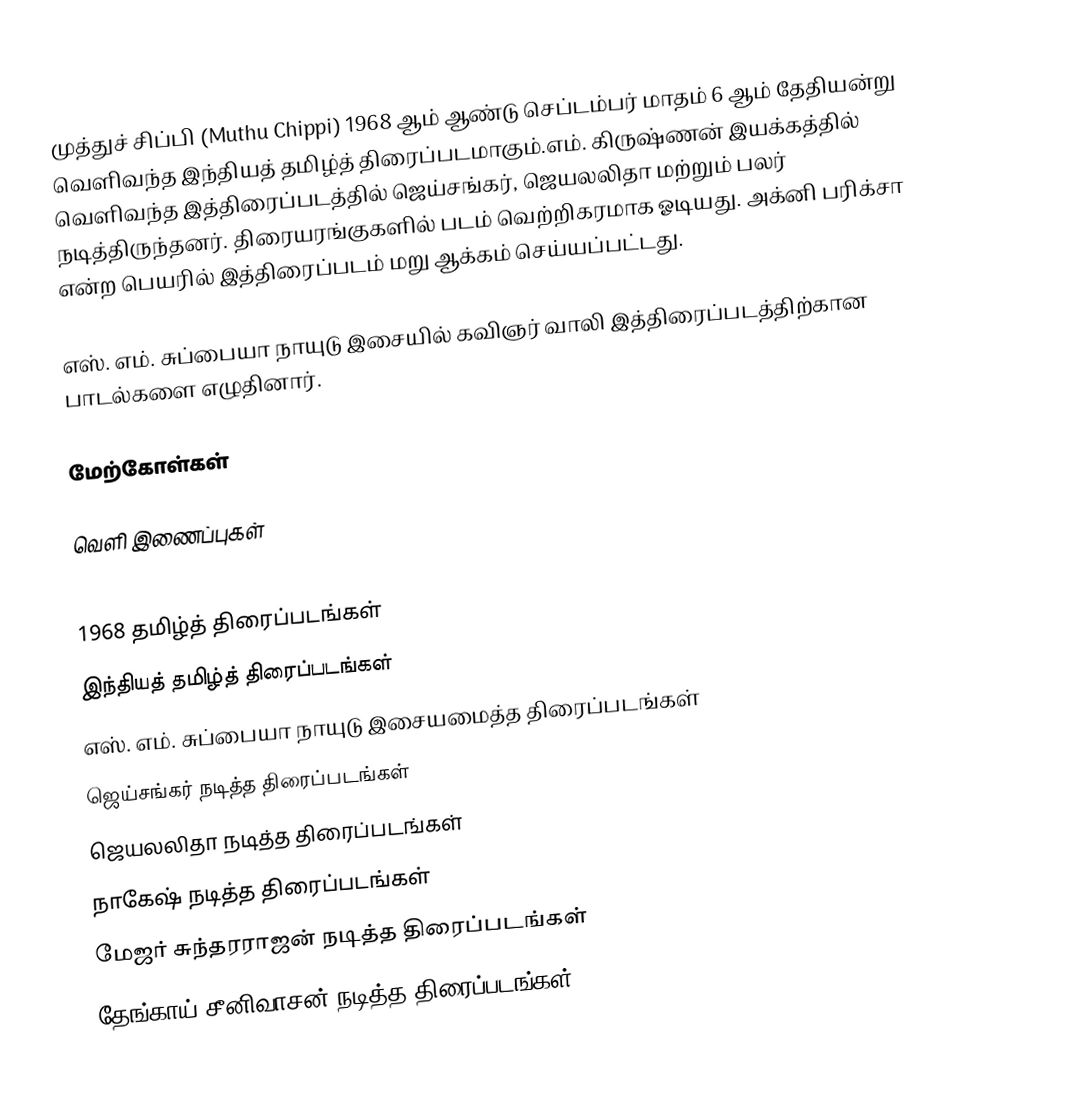
முத்துச் சிப்பி (Muthu Chippi) 1968 ஆம் ஆண்டு செப்டம்பர் மாதம் 6 ஆம் தேதியன்று வெளிவந்த இந்தியத் தமிழ்த் திரைப்படமாகும்.எம். கிருஷ்ணன் இயக்கத்தில் வெளிவந்த இத்திரைப்படத்தில் ஜெய்சங்கர், ஜெயலலிதா மற்றும் பலர் நடித்திருந்தனர். திரையரங்குகளில் படம் வெற்றிகரமாக ஓடியது. அக்னி பரிக்சா என்ற பெயரில் இத்திரைப்படம் மறு ஆக்கம் செய்யப்பட்டது.

எஸ். எம். சுப்பையா நாயுடு இசையில் கவிஞர் வாலி இத்திரைப்படத்திற்கான பாடல்களை எழுதினார்.

மேற்கோள்கள்

வெளி இணைப்புகள்

1968 தமிழ்த் திரைப்படங்கள்
இந்தியத் தமிழ்த் திரைப்படங்கள்
எஸ். எம். சுப்பையா நாயுடு இசையமைத்த திரைப்படங்கள்
ஜெய்சங்கர் நடித்த திரைப்படங்கள்
ஜெயலலிதா நடித்த திரைப்படங்கள்
நாகேஷ் நடித்த திரைப்படங்கள்
மேஜர் சுந்தரராஜன் நடித்த திரைப்படங்கள்
தேங்காய் சீனிவாசன் நடித்த திரைப்படங்கள்